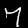
Label: 7